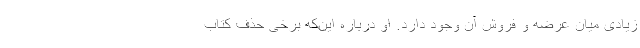
زیادی میان عرضه و فروش آن وجود دارد. او درباره این‌که برخی حذف کتاب